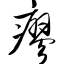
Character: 瘳